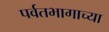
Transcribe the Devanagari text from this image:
पर्वतभागाच्या